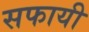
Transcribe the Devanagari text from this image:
सफायी